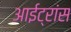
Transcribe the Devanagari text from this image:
आईट्रांस